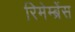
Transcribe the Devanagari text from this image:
रिमेम्ब्रेंस